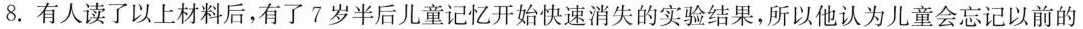
8.有人读了以上材料后，有了7岁半后儿童记忆开始快速消失的实验结果，所以他认为儿童会忘记以前的